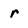
Character: r